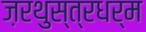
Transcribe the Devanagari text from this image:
ज़रथुस्त्रधर्म